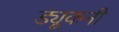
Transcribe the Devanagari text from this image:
ड्यूकनी